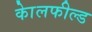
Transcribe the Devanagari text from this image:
काेलफील्ड